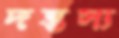
দন্তস্য